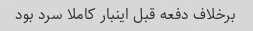
برخلاف دفعه قبل اینبار کاملا سرد بود